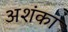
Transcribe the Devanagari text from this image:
अशंका